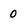
Character: 0